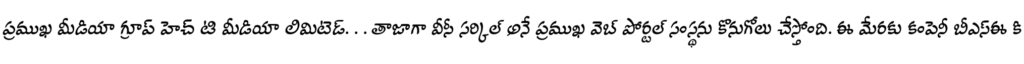
ప్రముఖ మీడియా గ్రూప్ హెచ్ టి మీడియా లిమిటెడ్. . . తాజాగా వీసీ సర్కిల్ అనే ప్రముఖ వెబ్ పోర్టల్ సంస్థను కొనుగోలు చేస్తోంది. ఈ మేరకు కంపెనీ బీఎస్ఈ కి